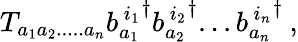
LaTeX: T_{a_{1}a_{2}.....a_{n}}{b_{a_{1}}^{\, i_{1}}}^{\dagger}{b_{a_{2}}^{\, i_{2}}}^{\dagger}...{b_{a_{n}}^{\, i_{n}}}^{\dagger}\: ,